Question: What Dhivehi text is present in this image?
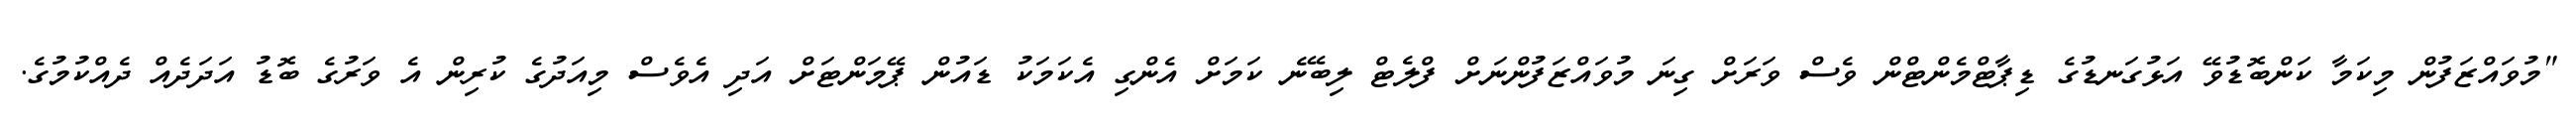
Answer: "މުވައްޒަފުން މިކަމާ ކަންބޮޑުވޭ އަޅުގަނޑުގެ ޑިޕާޓްމެންޓްން ވެސް ވަރަށް ގިނަ މުވައްޒަފުންނަށް ފްލެޓް ލިބޭނެ ކަމަށް އެންގި އެކަމަކު ޑައުން ޕޭމަންޓަށް އަދި އެވެސް މިއަދުގެ ކުރިން އެ ވަރުގެ ބޮޑު އަދަދެއް ދެއްކުމުގެ.